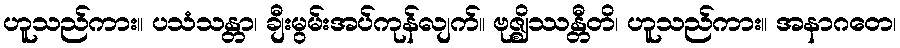
ဟူသည်ကား။ ပသံသန္တာ၊ ချီးမွမ်းအပ်ကုန်လျက်။ ဗုဇ္ဈိဿန္တီတိ၊ ဟူသည်ကား။ အနာဂတေ၊